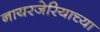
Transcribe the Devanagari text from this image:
नायरजेरियाच्या